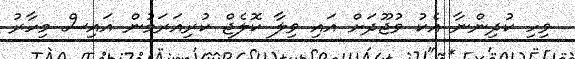
ވިހި ކުދިންނާ އެކު ވުޖޫދަށް އައި ވިލާ ކޮލެޖް ކުރިއަރަމުން އައިސް މިހާރު